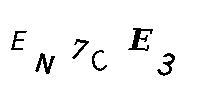
EN7CE3